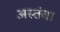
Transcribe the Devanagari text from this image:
अस्तंबा